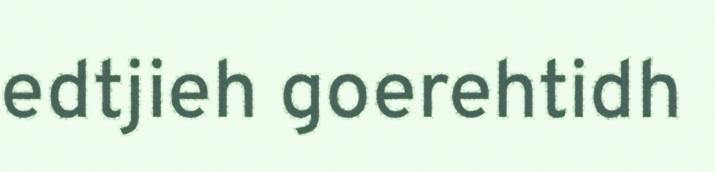
edtjieh goerehtidh